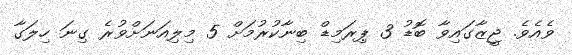
ވެއެވެ. ޖީޒާގައިވާ ބޮޑު 3 ޕިރަމިޑް ބިނާކުރުމަށް 5 މިލިއަނަށްވުރެ ގިނަ ހިލަގާ